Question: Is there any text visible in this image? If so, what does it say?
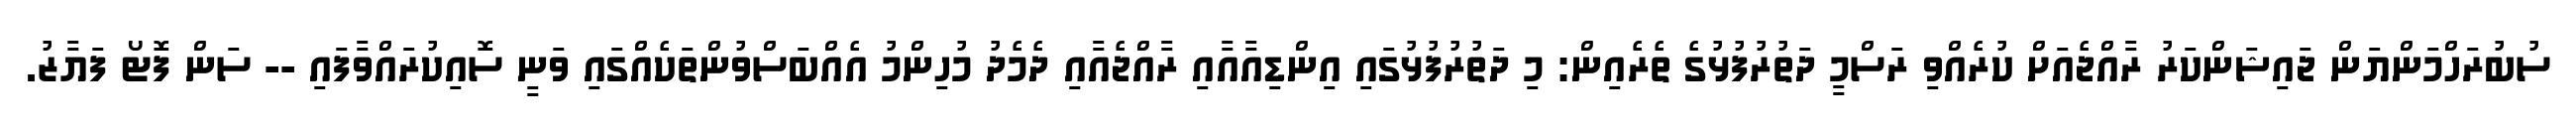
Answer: ސުބުރަހްމަންޔަން ޖައިޝަންކަރު ރާއްޖެއަށް ކުރެއްވި ރަސްމީ ދަތުރުފުޅުގެ ތެރެއިން: މި ދަތުރުފުޅުގައި އިންޑިއާއާއި ރާއްޖެއާއި ދެމެދު މުހިންމު އެއްބަސްވުންތަކެއްގައި ވަނީ ސޮއިކުރައްވާފައި -- ސަން ފޮޓޯ ފަޔާޒު.